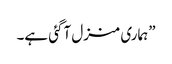
”ہماری منزل آگئی ہے۔